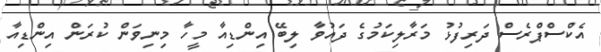
އެކްސްޕްރެސް ދަރިފުޅު މަރާލިކަމުގެ ދައުވާ ލިބޭ އިންޑިއާ މީހާ މިނިވަން ކުރަން އިންޑިއާ